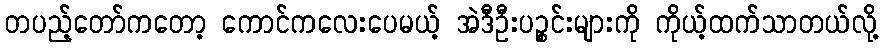
တပည့်တော်ကတော့ ကောင်ကလေးပေမယ့် အဲဒီဦးပဉ္စင်းများကို ကိုယ့်ထက်သာတယ်လို့